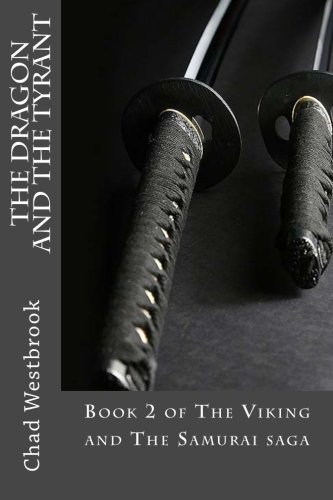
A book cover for The Dragon and The Tyrant: Book 2 of The Viking and The Samurai saga; Chad Westbrook; Science Fiction & Fantasy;